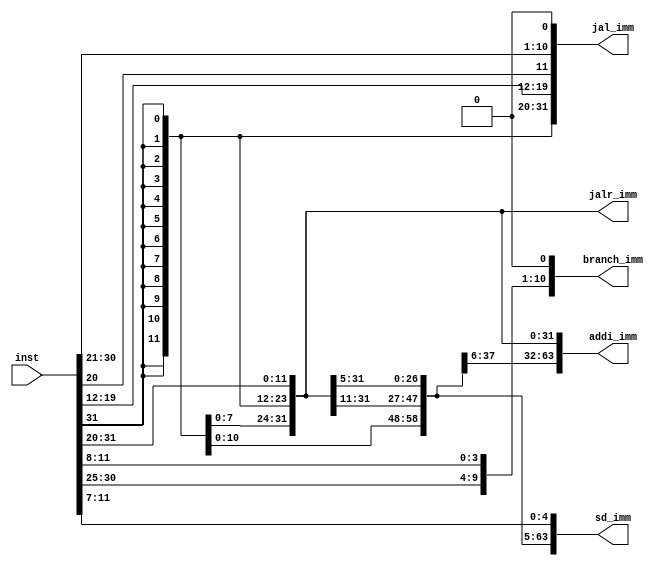
`timescale 1ns / 1ps
//////////////////////////////////////////////////////////////////////////////////
// Company: 
// Engineer: 
// 
// Design Name: 
// Module Name: imm_gen
// Project Name: 
// Target Devices: 
// Tool Versions: 
// Description: 
// 
// Dependencies: 
// 
// Revision:
// Revision 0.01 - File Created
// Additional Comments:
// 
//////////////////////////////////////////////////////////////////////////////////


module imm_gen(inst, jal_imm, jalr_imm, branch_imm, sd_imm, addi_imm

    );
    
    input [31:0] inst;
    output [31:0] jal_imm, jalr_imm, branch_imm;
    output [63:0] sd_imm, addi_imm;
    
    assign jalr_imm={{20{inst[31]}}, {inst[31:20]}}; //1+4+6+1+8+44
    assign jal_imm={{12{inst[31]}},{inst[31],inst[19:12],inst[20],inst[30:21],1'b0}};
    
    assign branch_imm={{20{inst[31]}},inst[7],inst[30:25],inst[11:8],1'b0};
    
    assign addi_imm={{52{inst[31]}},inst[31:20]};
    assign sd_imm={{52{inst[31]}},inst[31:25],inst[11:7]};
    
endmodule